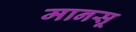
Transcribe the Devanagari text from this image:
मानसू